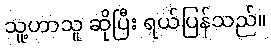
သူ့ဟာသူ ဆိုပြီး ရယ်ပြန်သည်။